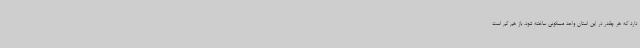
دارد که هر چقدر در این استان واحد مسکونی ساخته شود، باز هم کم است